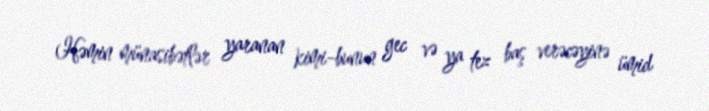
Həmin münasibətlər yaranan kimi-bunun gec və ya tez baş verəcəyinə ümid